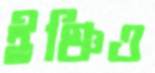
ইঞ্চিও